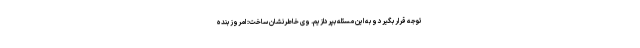
توجه قرار بگیرد و به این مسئله بپردازیم. وی خاطرنشان ساخت: امروز بنده